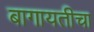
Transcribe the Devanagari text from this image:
बागायतीचा